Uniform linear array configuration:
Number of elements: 24
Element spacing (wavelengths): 0.75
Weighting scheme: binomial
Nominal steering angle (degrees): -60
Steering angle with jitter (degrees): -60.009
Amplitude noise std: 0.05
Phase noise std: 0.05

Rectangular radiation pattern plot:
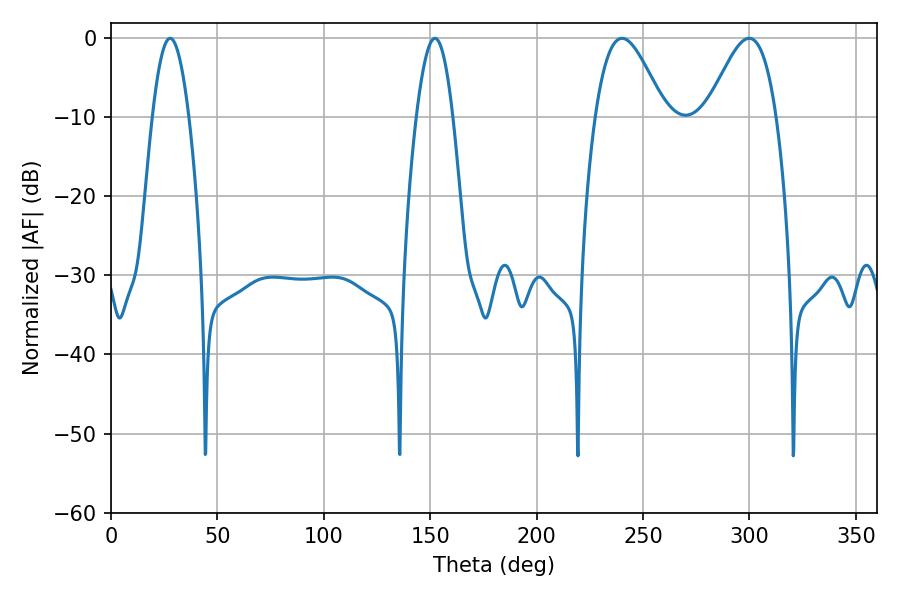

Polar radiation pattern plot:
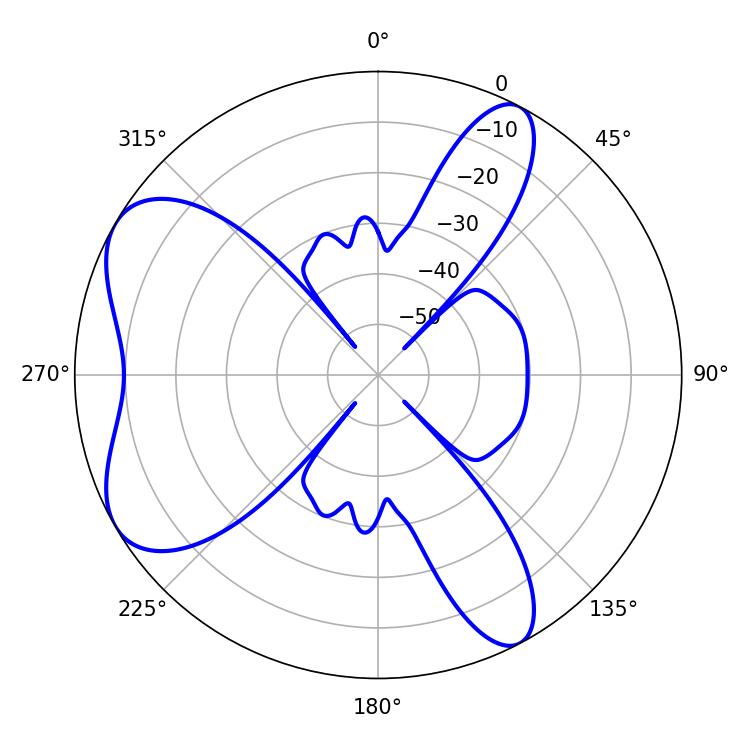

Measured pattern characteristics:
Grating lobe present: TRUE
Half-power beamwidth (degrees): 17.28
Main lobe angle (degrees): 240.12